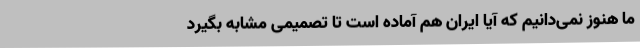
ما هنوز نمی‌دانیم که آیا ایران هم آماده است تا تصمیمی مشابه بگیرد